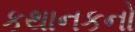
કથાનકનો